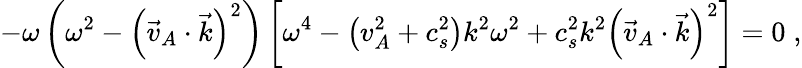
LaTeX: -{\omega}\left({\omega}^{2}-\left(\vec{v}_{A}\cdot\vec{k}\right)^{2}\right)\left[{\omega}^{4}-\left(v_{A}^{2}+c_{s}^{2}\right)k^{2}{\omega}^{2}+c_{s}^{2}k^{2}\left(\vec{v}_{A}\cdot\vec{k}\right)^{2}\right]=0\; ,